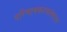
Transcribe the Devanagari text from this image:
परिणामकारकतेबद्द्ल